Senior Leaving Certificate Examination (including Day School Certificate (Higher) General paper), 1950
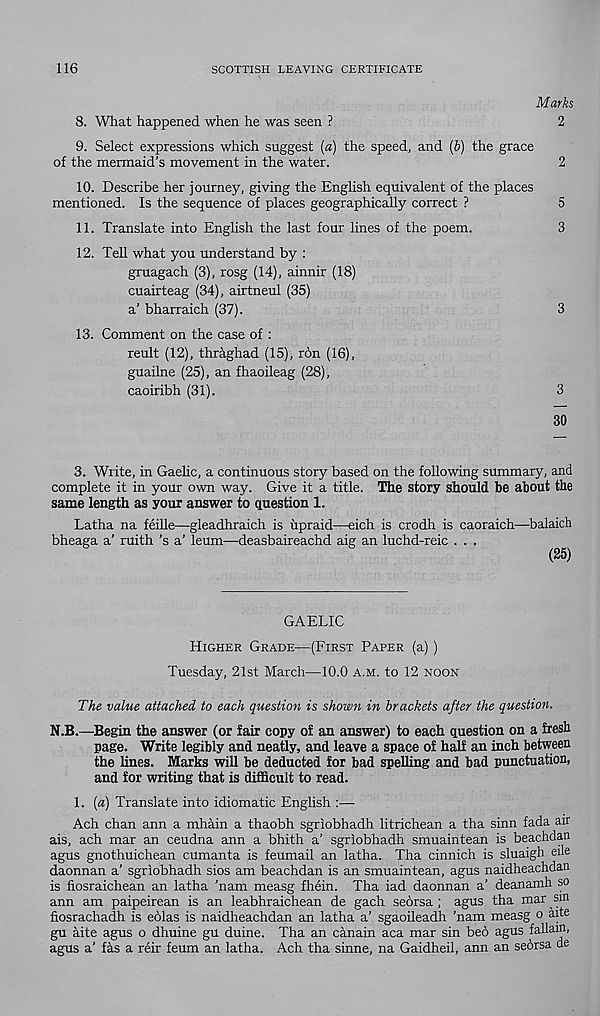
116
SCOTTISH LEAVING CERTIFICATE
Marks
8. What happened when he was seen ?
2
9. Select expressions which suggest (a) the speed, and (b) the grace
of the mermaid’s movement in the water.
2
10. Describe her journey, giving the English equivalent of the places
mentioned. Is the sequence of places geographically correct ?
5
11. Translate into English the last four lines of the poem.
3
12. Tell what you understand by :
gruagach (3), rosg (14), ainnir (18)
cuairteag (34), airtneul (35)
a’ bharraich (37).
3
13. Comment on the case of :
reult (12), thraghad (15), ron (16),
guailne (25), an fhaoileag (28),
caoiribh (31).
3
30
3. Write, in Gaelic, a continuous story based on the following summary, and
complete it in your own way. Give it a title. The story should he about the
same length as your answer to question 1.
Latha na feille—gleadhraich is upraid—eich is crodh is caoraich—balaich
bheaga a’ ruith’s a’ leum—deasbaireachd aig an luchd-reic . . .
(25)
GAELIC
Higher Grade—(First Paper (a))
Tuesday, 21st March—10.0 a.m. to 12 noon
The value attached to each question is shown in brackets after the question.
N.B.—Begin the answer (or fair copy of an answer) to each question on a fresh
page. Write legibly and neatly, and leave a space of half an inch between
the lines. Marks will be deducted for bad spelling and bad punctuation,
and for writing that is difficult to read.
1. {a) Translate into idiomatic English :—
Ach chan ann a mhain a thaobh sgriobhadh litrichean a tha sinn fada air
ais, ach mar an ceudna ann a bhith a’ sgriobhadh smuaintean is beachdan
agus gnothuichean cumanta is feumail an latha. Tha cinnich is sluaigh eile
daonnan a’ sgriobhadh sios am beachdan is an smuaintean, agus naidheachdan
is fiosraichean an latha ’nam measg fhein. Tha iad daonnan a’ deanamh so
ann am paipeirean is an leabhraichean de gach seorsa ; agus tha mar sm
fiosrachadh is eolas is naidheachdan an latha a’ sgaoileadh ’nam measg o aite
gu aite agus o dhuine gu duine. Tha an canain aca mar sin bed agus fallain,
agus a’ fas a reir feum an latha. Ach tha sinne, na Gaidheil, ann an sedrsa de